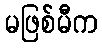
မဖြစ်မီက